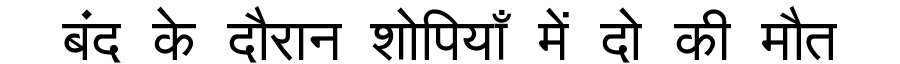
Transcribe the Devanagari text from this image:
बंद के दौरान शोपियाँ में दो की मौत